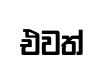
එවත්